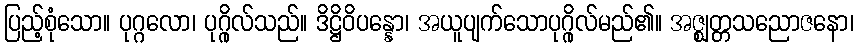
ပြည့်စုံသော။ ပုဂ္ဂလော၊ ပုဂ္ဂိုလ်သည်။ ဒိဋ္ဌိဝိပန္နော၊ အယူပျက်သောပုဂ္ဂိုလ်မည်၏။ အဇ္ဈတ္တသညောဇနော၊